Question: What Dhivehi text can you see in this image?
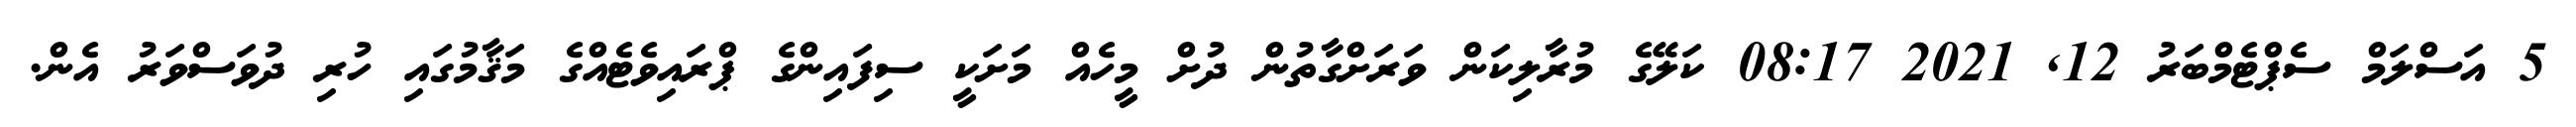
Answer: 5 އަސްލަމް ސެޕްޓެމްބަރު 12, 2021 08:17 ކަލޭގެ މުރާލިކަން ވަރަށްގާތުން ދުށް މީހެއް މަށަކީ ސިފައިންގެ ޕްރައިވެޓެއްގެ މަޤާމުގައި ހުރި ދުވަސްވަރު އެން.